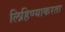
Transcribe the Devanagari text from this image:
लिहिण्याकरता